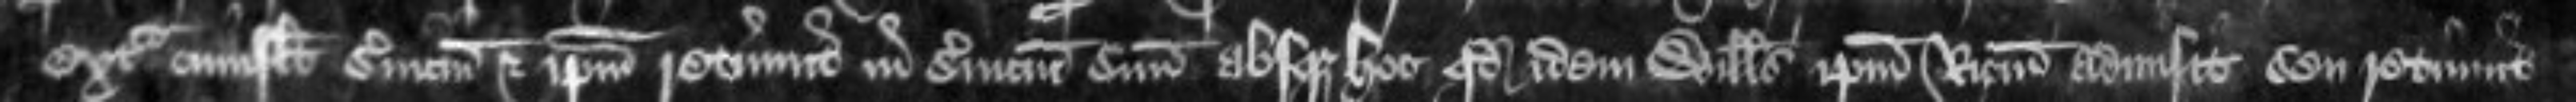
extra cuius libet servicium et ipsum retinuit in servicium suum absque hoc quod idem Willelmus ipsum Ricardum admisit seu retinuit